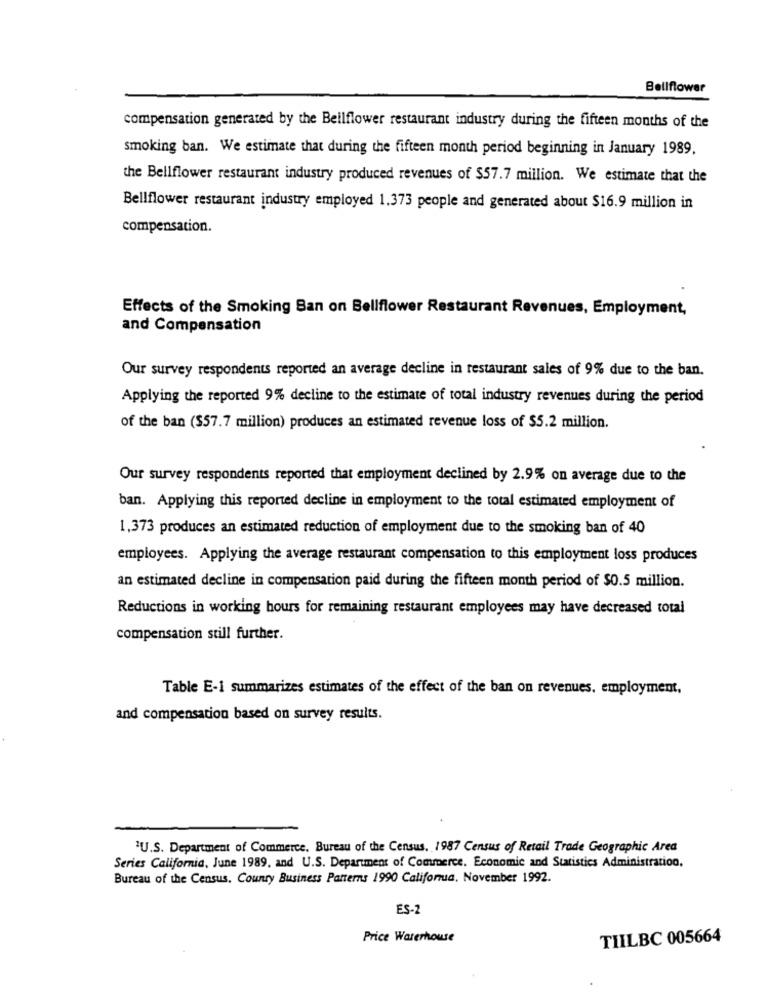
Bellflower
compensation generated by the Bellflower restaurant industry during the fifteen months of the
smoking ban. We estimate that during the fifteen month period beginning in January 1989.
the Bellflower restaurant industry produced revenues of $57.7 million. We estimate that the
Bellflower restaurant industry employed 1.373 people and generated about $16.9 million in
compensation.
Effects of the Smoking Ban on Bellflower Restaurant Revenues, Employment,
and Compensation
Our survey respondents reported an average decline in restaurant sales of 9% due to the ban.
Applying the reported 9% decline to the estimate of total industry revenues during the period
of the ban ($57.7 million) produces an estimated revenue loss of $5.2 million.
Our survey respondents reported that employment declined by 2.9% on average due to the
ban. Applying this reported decline in employment to the total estimated employment of
1,373 produces an estimated reduction of employment due to the smoking ban of 40
employees. Applying the average restaurant compensation to this employment loss produces
an estimated decline in compensation paid during the fifteen month period of $0.5 million.
Reductions in working hours for remaining restaurant employees may have decreased total
compensation still further.
Table E-1 summarizes estimates of the effect of the ban on revenues. employment,
and compensation based on survey results.
"U.S. Department of Commerce, Bureau of the Census. 1987 Census of Retail Trade Geographic Area
Series California, June 1989, and U.S. Department of Commerce. Economic and Statistics Administration.
Bureau of the Census. County Business Patterns 1990 California. November 1992.
ES-2
Price Waterhouse
TIILBC 005664